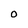
Character: O